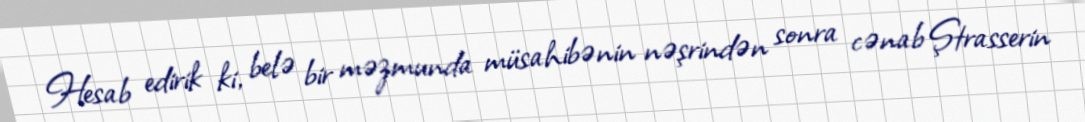
Hesab edirik ki, belə bir məzmunda müsahibənin nəşrindən sonra cənab Ştrasserin